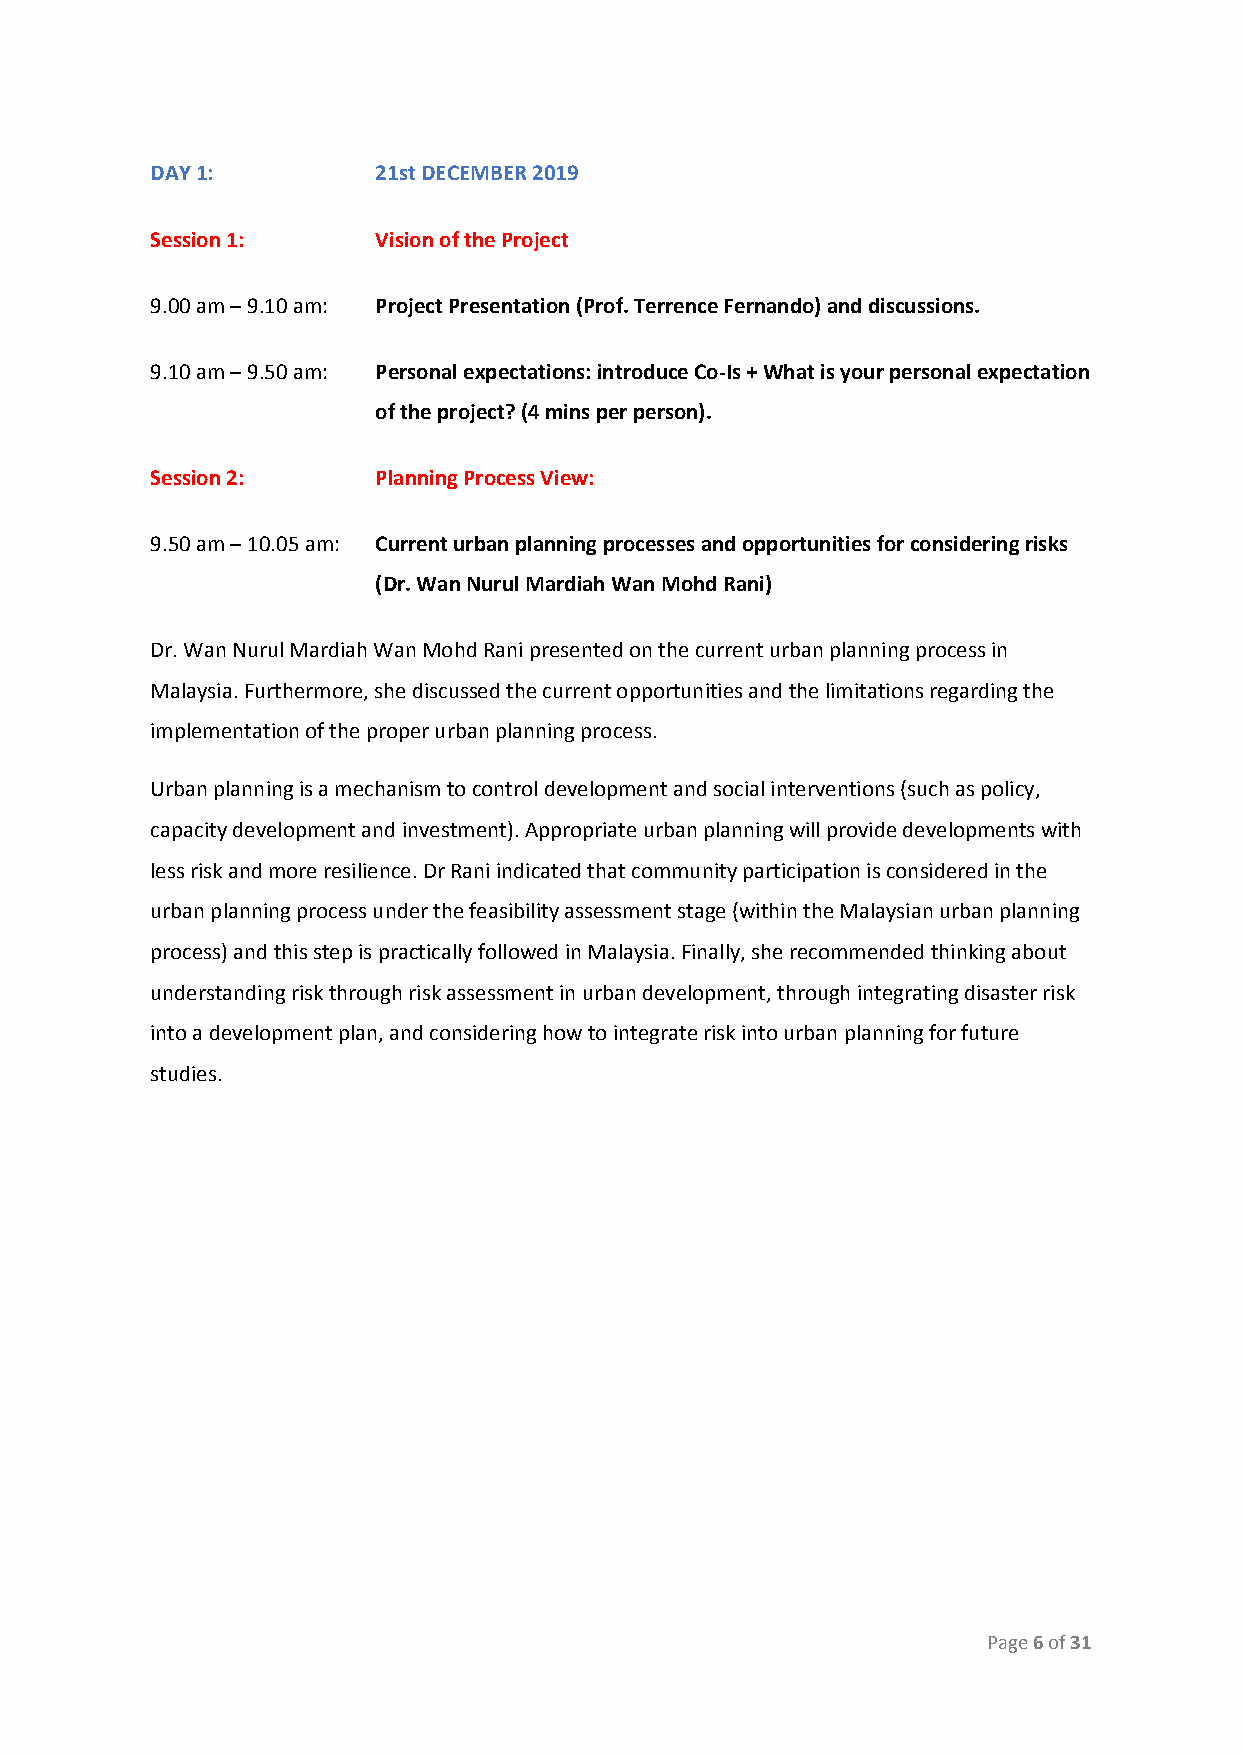
DAY 1:         21st DECEMBER 2019
 Session 1:     Vision of the Project
 9.00 am – 9.10 am: Project Presentation (Prof. Terrence Fernando) and discussions.
 9.10 am – 9.50 am: Personal expectations: introduce Co-Is + What is your personal expectation
 of the project? (4 mins per person).
 Session 2:     Planning Process View:
 9.50 am – 10.05 am: Current urban planning processes and opportunities for considering risks
 (Dr. Wan Nurul Mardiah Wan Mohd Rani)
 Dr. Wan Nurul Mardiah Wan Mohd Rani presented on the current urban planning process in
 Malaysia. Furthermore, she discussed the current opportunities and the limitations regarding the
 implementation of the proper urban planning process.
 Urban planning is a mechanism to control development and social interventions (such as policy,
 capacity development and investment). Appropriate urban planning will provide developments with
 less risk and more resilience. Dr Rani indicated that community participation is considered in the
 urban planning process under the feasibility assessment stage (within the Malaysian urban planning
 process) and this step is practically followed in Malaysia. Finally, she recommended thinking about
 understanding risk through risk assessment in urban development, through integrating disaster risk
 into a development plan, and considering how to integrate risk into urban planning for future
 studies.
 Page 6 of 31
 ​ ​ ​